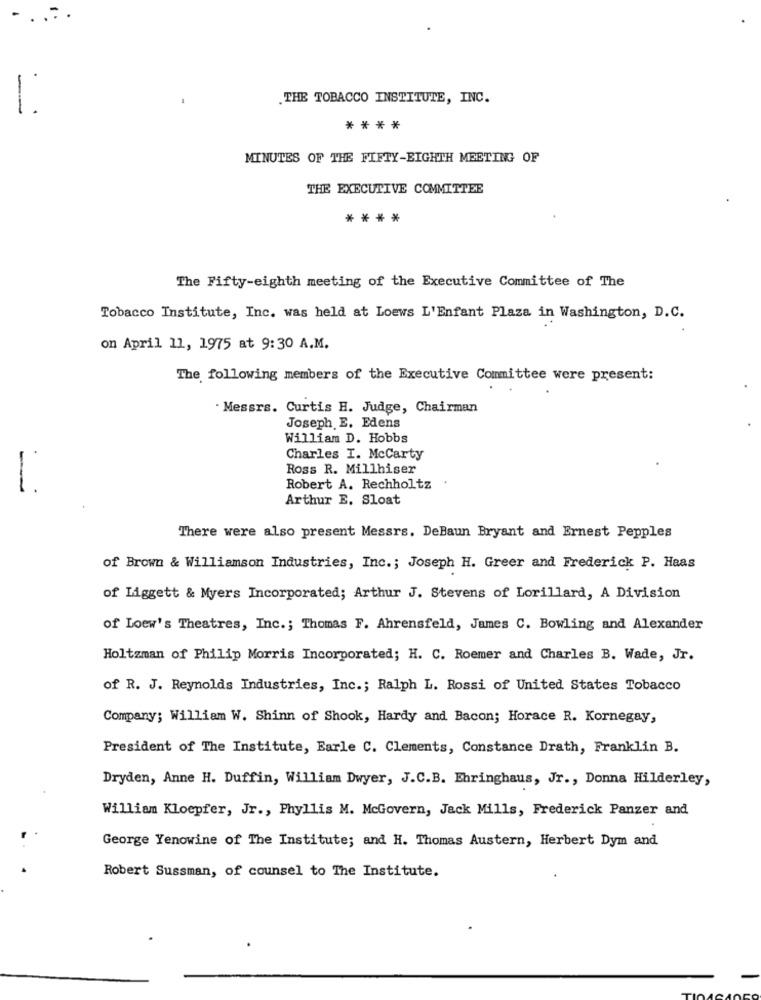
.THE TOBACCO INSTITUTE, INC.
--
****
MINUTES OF THE FIFTY-EIGHTH MEETING OF
THE EXECUTIVE COMMITTEE
****
The Fifty-eighth meeting of the Executive Committee of The
Tobacco Institute, Inc. was held at Loews L'Enfant Plaza in Washington, D.C.
on April 11, 1975 at 9:30 A.M.
The following members of the Executive Committee were present:
· Messrs. Curtis H. Judge, Chairman
Joseph E. Edens
William D. Hobbs
Charles I. McCarty
Ross R. Millhiser
-
Robert A. Rechholtz
Arthur E. Sloat
There were also present Messrs. DeBaun Bryant and Ernest Pepples
of Brown & Williamson Industries, Inc .; Joseph H. Greer and Frederick P. Heas
of Liggett & Myers Incorporated; Arthur J. Stevens of Lorillard, A Division
of Loew's Theatres, Inc .; Thomas F. Ahrensfeld, James C. Bowling and Alexander
Holtzman of Philip Morris Incorporated; H. C. Roemer and Charles B. Wade, Jr.
of R. J. Reynolds Industries, Inc .; Ralph L. Rossi of United States Tobacco
Company; William W. Shinn of Shook, Hardy and Bacon; Horace R. Kornegay,
President of The Institute, Earle C. Clements, Constance Drath, Franklin B.
Dryden, Anne H. Duffin, William Dwyer, J.C.B. Enringhaus, Jr ., Donna Hilderley,
William Kloepfer, Jr ., Phyllis M. McGovern, Jack Mills, Frederick Panzer and
George Yenowine of The Institute; and H. Thomas Austern, Herbert Dym and
Robert Sussman, of counsel to The Institute.